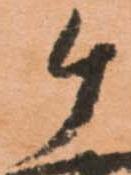
ケ